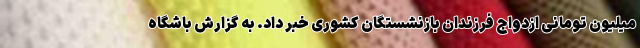
میلیون تومانی ازدواج فرزندان بازنشستگان کشوری خبر داد. به گزارش باشگاه